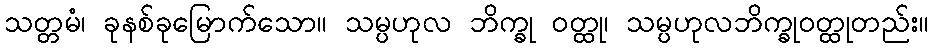
သတ္တမံ၊ ခုနစ်ခုမြောက်သော။ သမ္ပဟုလ ဘိက္ခု ဝတ္ထု၊ သမ္ပဟုလဘိက္ခုဝတ္ထုတည်း။